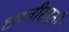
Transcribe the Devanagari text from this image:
छातीसाठी